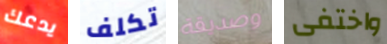
يدعك تكلف وصديقة واختفى